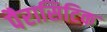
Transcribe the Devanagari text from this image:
पैरासिटिक